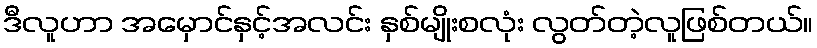
ဒီလူဟာ အမှောင်နှင့်အလင်း နှစ်မျိုးစလုံး လွတ်တဲ့လူဖြစ်တယ်။